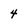
Character: 4